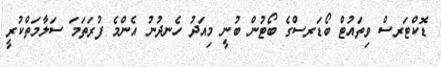
ޑޮކްޓަރސް ވިތައުޓް ބޯޑަރސްގެ ބޯޓުން ބުނީ މިއަދު ހެނދުނު އެންމެ ފުރަތަމަ ސަލާމަތްކުރީ